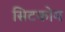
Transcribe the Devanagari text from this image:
सिटकोम